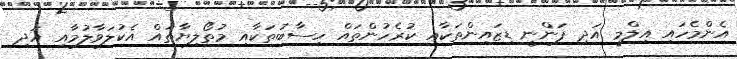
އެންމެހައި އިލްމީ އަދި ފަންނީ ޑިޒައިންތަކާއި ކުރެހުންތައް ހިސާބުތަކާއި މުތޯލިޔާތައް އެކުލަވާލުމާއި އަދި